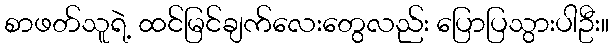
စာဖတ်သူရဲ့ ထင်မြင်ချက်လေးတွေလည်း ပြောပြသွားပါဦး။